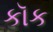
કૉક